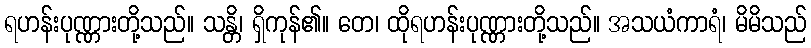
ရဟန်းပုဏ္ဏားတို့သည်။ သန္တိ၊ ရှိကုန်၏။ တေ၊ ထိုရဟန်းပုဏ္ဏားတို့သည်။ အသယံကာရံ၊ မိမိသည်